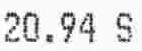
20.94 S